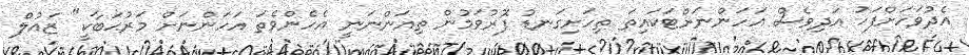
އެދުވަހަށްފަހު އަދިވެސް އަހަންނަށްޓަކައިތަ ތިހަށިގަނޑު ފޮރުވަމުން ތިއަންނަނީ އެހެންވެތަ އަހަންނަށް މަރުޙަބާކީ" ޒައުލް